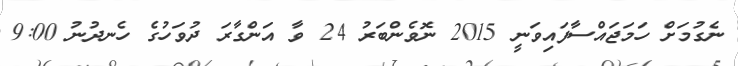
ނެގުމަށް ހަމަޖައްސާފައިވަނީ 2015 ނޮވެންބަރު 24 ވާ އަންގާރަ ދުވަހުގެ ހެނދުނު 9:00